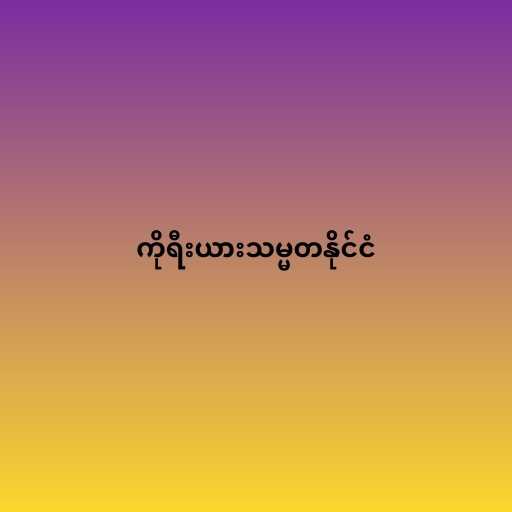
ကိုရီးယားသမ္မတနိုင်ငံ